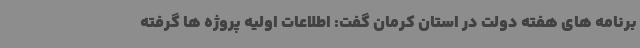
برنامه های هفته دولت در استان کرمان گفت: اطلاعات اولیه پروژه ها گرفته